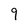
Character: 9